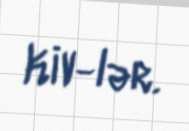
KİV-lər.